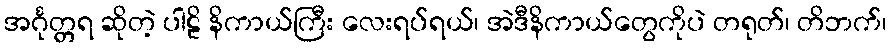
အင်္ဂုတ္တရ ဆိုတဲ့ ပါဠိ နိကာယ်ကြီး လေးရပ်ရယ်၊ အဲဒီနိကာယ်တွေကိုပဲ တရုတ်၊ တိဘက်၊